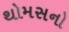
થોમસનો